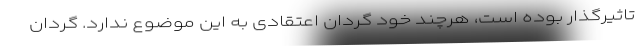
تاثیرگذار بوده است، هرچند خود گردان اعتقادی به این موضوع ندارد. گردان